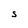
Character: S